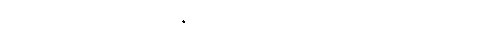
အသားဖြူသူ၊ ခုခံအားစနစ် လျော့ကျသူ၊ မှဲ့ပေါများသူနဲ့ မိသားစုမှာ